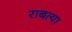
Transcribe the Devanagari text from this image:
राबत्या